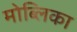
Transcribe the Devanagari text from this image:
मोब्लिका